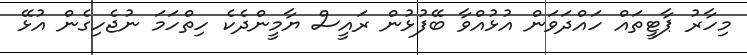
މިހާރު ޕާޓީތައް ހައްދަވަން އުޅުއްވާ ބޭފުޅުން ރައީސް ޔާމީންދެކެ ހިތްހަމަ ނުޖެހިގެން އުޅޭ